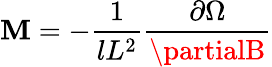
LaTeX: \mathbf{M}=-\frac{{1}}{{lL^{2}}}\frac{{\partial\Omega}}{{\partialB}}